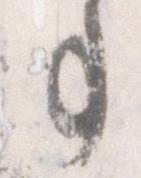
事